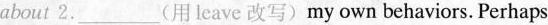
about 2.___(用leave 改写)my own behaviors. Perhaps